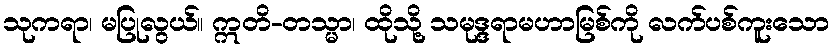
သုကရာ၊ မပြုလွယ်။ ဣတိ-တသ္မာ၊ ထိုသို့ သမုဒ္ဒရာမဟာမြစ်ကို လက်ပစ်ကူးသော